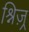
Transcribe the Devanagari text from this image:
श्निज़्र